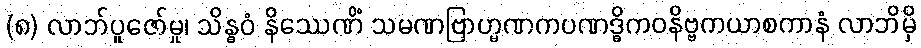
(၈) လာဘ်ပူဇော်မှု၊ သိန္ဓဝံ နိဿေဏိံ သမဏဗြာဟ္မဏကပဏဒ္ဓိကဝနိဗ္ဗကယာစကာနံ လာဘိမှိ